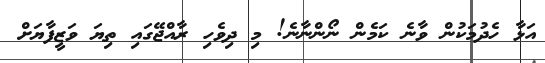
އަޅާ ހެދުމަކުން ވާނެ ކަމެން ނޯންނާނެ! މި ދިވެހި ރާއްޖޭގައި ތިޔަ ވަޒީފާޔަށް